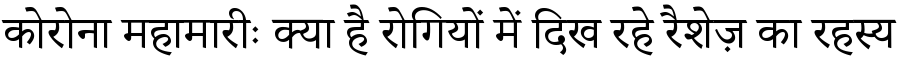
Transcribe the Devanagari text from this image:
कोरोना महामारीः क्या है रोगियों में दिख रहे रैशेज़ का रहस्य